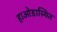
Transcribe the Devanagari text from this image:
हाओडास्थित